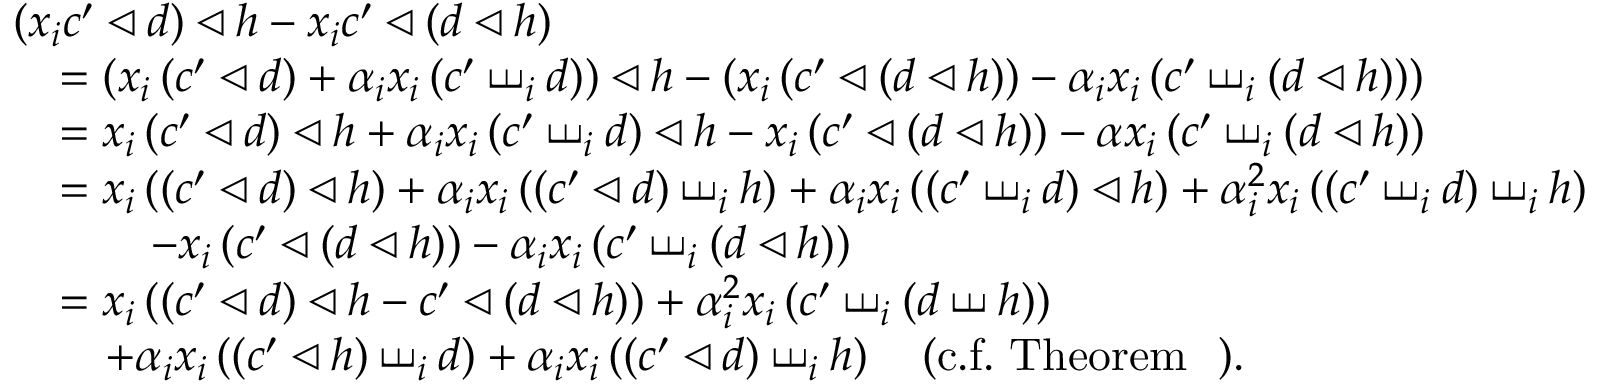
\begin{array} { r l } { \lefteqn { \left( x _ { i } c ^ { \prime } \triangleleft d \right) \triangleleft h - x _ { i } c ^ { \prime } \triangleleft \left( d \triangleleft h \right) } } \\ & { = \left( x _ { i } \left( c ^ { \prime } \triangleleft d \right) + \alpha _ { i } x _ { i } \left( c ^ { \prime } \shuffle _ { i } d \right) \right) \triangleleft h - \left( x _ { i } \left( c ^ { \prime } \triangleleft \left( d \triangleleft h \right) \right) - \alpha _ { i } x _ { i } \left( c ^ { \prime } \shuffle _ { i } \left( d \triangleleft h \right) \right) \right) } \\ & { = x _ { i } \left( c ^ { \prime } \triangleleft d \right) \triangleleft h + \alpha _ { i } x _ { i } \left( c ^ { \prime } \shuffle _ { i } d \right) \triangleleft h - x _ { i } \left( c ^ { \prime } \triangleleft \left( d \triangleleft h \right) \right) - \alpha x _ { i } \left( c ^ { \prime } \shuffle _ { i } \left( d \triangleleft h \right) \right) } \\ & { = x _ { i } \left( \left( c ^ { \prime } \triangleleft d \right) \triangleleft h \right) + \alpha _ { i } x _ { i } \left( \left( c ^ { \prime } \triangleleft d \right) \shuffle _ { i } h \right) + \alpha _ { i } x _ { i } \left( \left( c ^ { \prime } \shuffle _ { i } d \right) \triangleleft h \right) + \alpha _ { i } ^ { 2 } x _ { i } \left( \left( c ^ { \prime } \shuffle _ { i } d \right) \shuffle _ { i } h \right) } \\ & { \quad \quad - x _ { i } \left( c ^ { \prime } \triangleleft \left( d \triangleleft h \right) \right) - \alpha _ { i } x _ { i } \left( c ^ { \prime } \shuffle _ { i } \left( d \triangleleft h \right) \right) } \\ & { = x _ { i } \left( \left( c ^ { \prime } \triangleleft d \right) \triangleleft h - c ^ { \prime } \triangleleft \left( d \triangleleft h \right) \right) + \alpha _ { i } ^ { 2 } x _ { i } \left( c ^ { \prime } \shuffle _ { i } \left( d \shuffle h \right) \right) } \\ & { \quad + \alpha _ { i } x _ { i } \left( \left( c ^ { \prime } \triangleleft h \right) \shuffle _ { i } d \right) + \alpha _ { i } x _ { i } \left( \left( c ^ { \prime } \triangleleft d \right) \shuffle _ { i } h \right) \quad \mathrm { ( c . f . ~ T h e o r e m ~ ~ ) } . } \end{array}